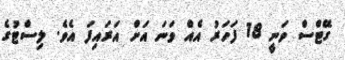
ގޭޓްސް ވަނީ 18 ފަހަރު އެއް ވަނަ އަށް އަރައިފަ އެވެ. ލިސްޓުގެ